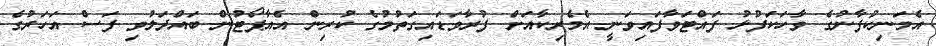
އެމަނިކުފާނުގެ ވާހަކަފުޅު ފައްޓަވާފައިވަނީ އެމެރިކާއަށް ފުރާވަޑައިގަތުމުގެ ކުރިން އެއާޕޯޓުން ބައްދަލުވި ފަސް އަހަރުގެ